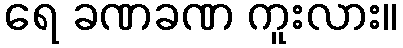
ရေ ခဏခဏ ကူးလား။